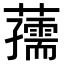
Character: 𧃨